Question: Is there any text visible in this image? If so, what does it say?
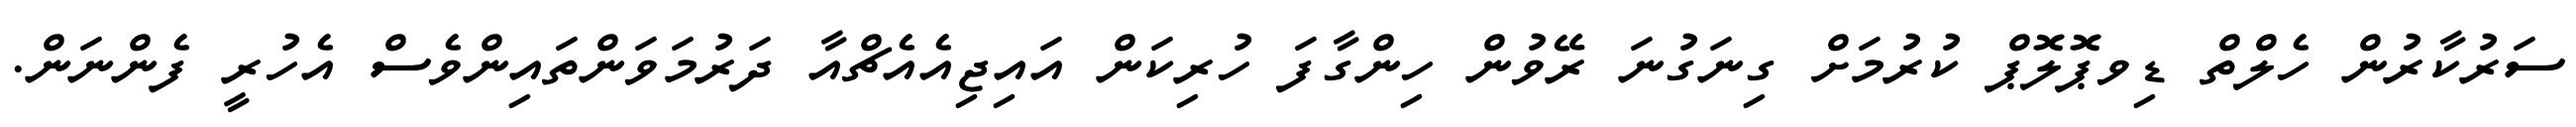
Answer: ސަރުކާރުން ހެލްތް ޑިވޕޮލޮޕް ކުރުމަށް ގިނަގުނަ ރޭވުން ހިންގާފަ ހުރިކަން އައިޖިއެއެޗްއާ ދަރުމަވަންތައިންވެސް އެހުރީ ފެންނަން.